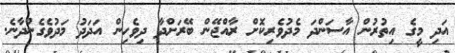
އަދި މީގެ އިތުރުން އާސަންދަ މެދުވެރިކޮށް ރާއްޖޭން ބޭރަށްދާ ދިވެހިން އަދަދު މަދުވެގެންދާނެ.